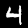
Digit: 4